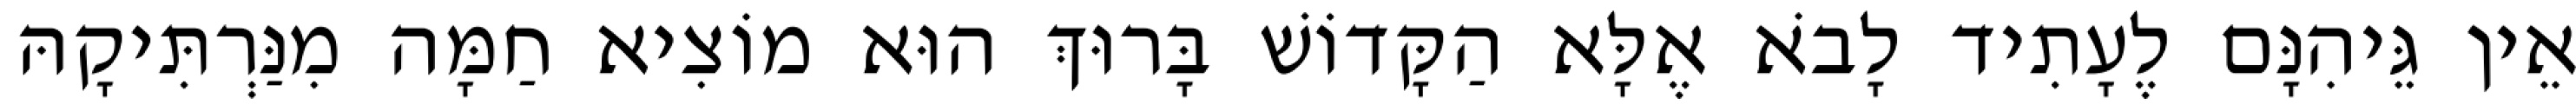
אֵין גֵּיהִנָּם לֶעָתִיד לָבֹא אֶלָּא הַקָּדוֹשׁ בָּרוּךְ הוּא מוֹצִיא חַמָּה מִנַּרְתִּיקָהּ